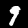
Digit: 9